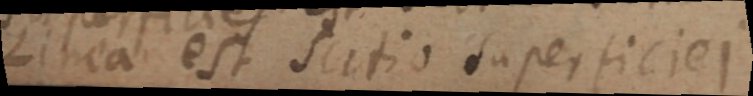
Linea est sectio superficiei